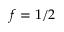
f = 1 / 2